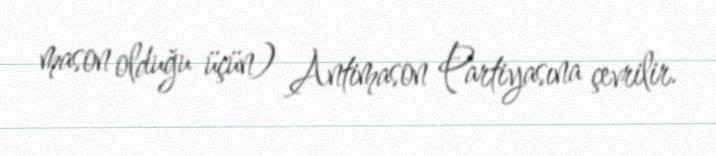
mason olduğu üçün) Antimason Partiyasına çevrilir.